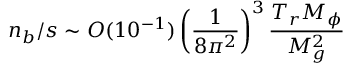
n _ { b } / s \sim { \cal O } ( 1 0 ^ { - 1 } ) \left( \frac { 1 } { 8 \pi ^ { 2 } } \right) ^ { 3 } \frac { T _ { r } M _ { \phi } } { M _ { g } ^ { 2 } }